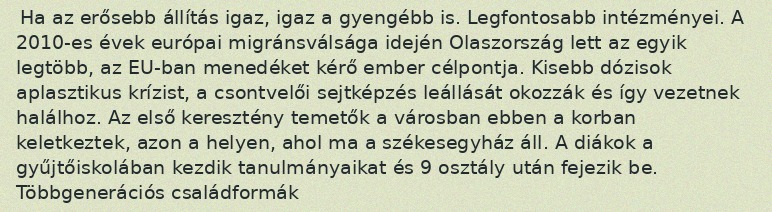
Ha az erősebb állítás igaz, igaz a gyengébb is. Legfontosabb intézményei. A 2010-es évek európai migránsválsága idején Olaszország lett az egyik legtöbb, az EU-ban menedéket kérő ember célpontja. Kisebb dózisok aplasztikus krízist, a csontvelői sejtképzés leállását okozzák és így vezetnek halálhoz. Az első keresztény temetők a városban ebben a korban keletkeztek, azon a helyen, ahol ma a székesegyház áll. A diákok a gyűjtőiskolában kezdik tanulmányaikat és 9 osztály után fejezik be. Többgenerációs családformák